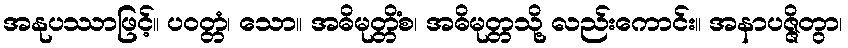
အနုပဿာဖြင့်။ ပဝတ္တံ၊ သော။ အဓိမုတ္တိံစ၊ အဓိမုတ္တသို့ လည်းကောင်း။ အနာပဇ္ဇိတွာ၊